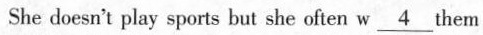
She doesn't play sports but she often w \underline4them